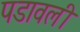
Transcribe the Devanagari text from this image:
पडावली